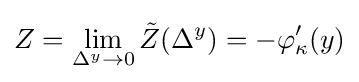
Z=\lim _{\Delta ^{y}\rightarrow 0}{\tilde {Z}}(\Delta ^{y})=-\varphi '_{\kappa }(y)